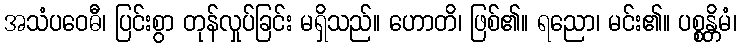
အသံပဝေဓီ၊ ပြင်းစွာ တုန်လှုပ်ခြင်း မရှိသည်။ ဟောတိ၊ ဖြစ်၏။ ရညော၊ မင်း၏။ ပစ္စန္တိမံ၊